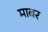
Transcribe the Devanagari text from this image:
माबर